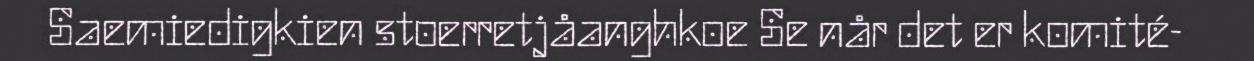
Saemiedigkien stoerretjåanghkoe Se når det er komité-